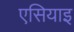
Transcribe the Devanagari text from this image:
एसियाइ